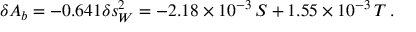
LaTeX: \delta A _ { b } = - 0 . 6 4 1 \delta s _ { W } ^ { 2 } = - 2 . 1 8 \times 1 0 ^ { - 3 } \, S + 1 . 5 5 \times 1 0 ^ { - 3 } \, T \, .